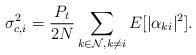
LaTeX: \begin{align*}\sigma_{c,i}^2=\frac{P_t}{2N}\sum\limits_{k\in \mathcal{N},k\neq i} E[|\alpha_{ki}|^2].\end{align*}